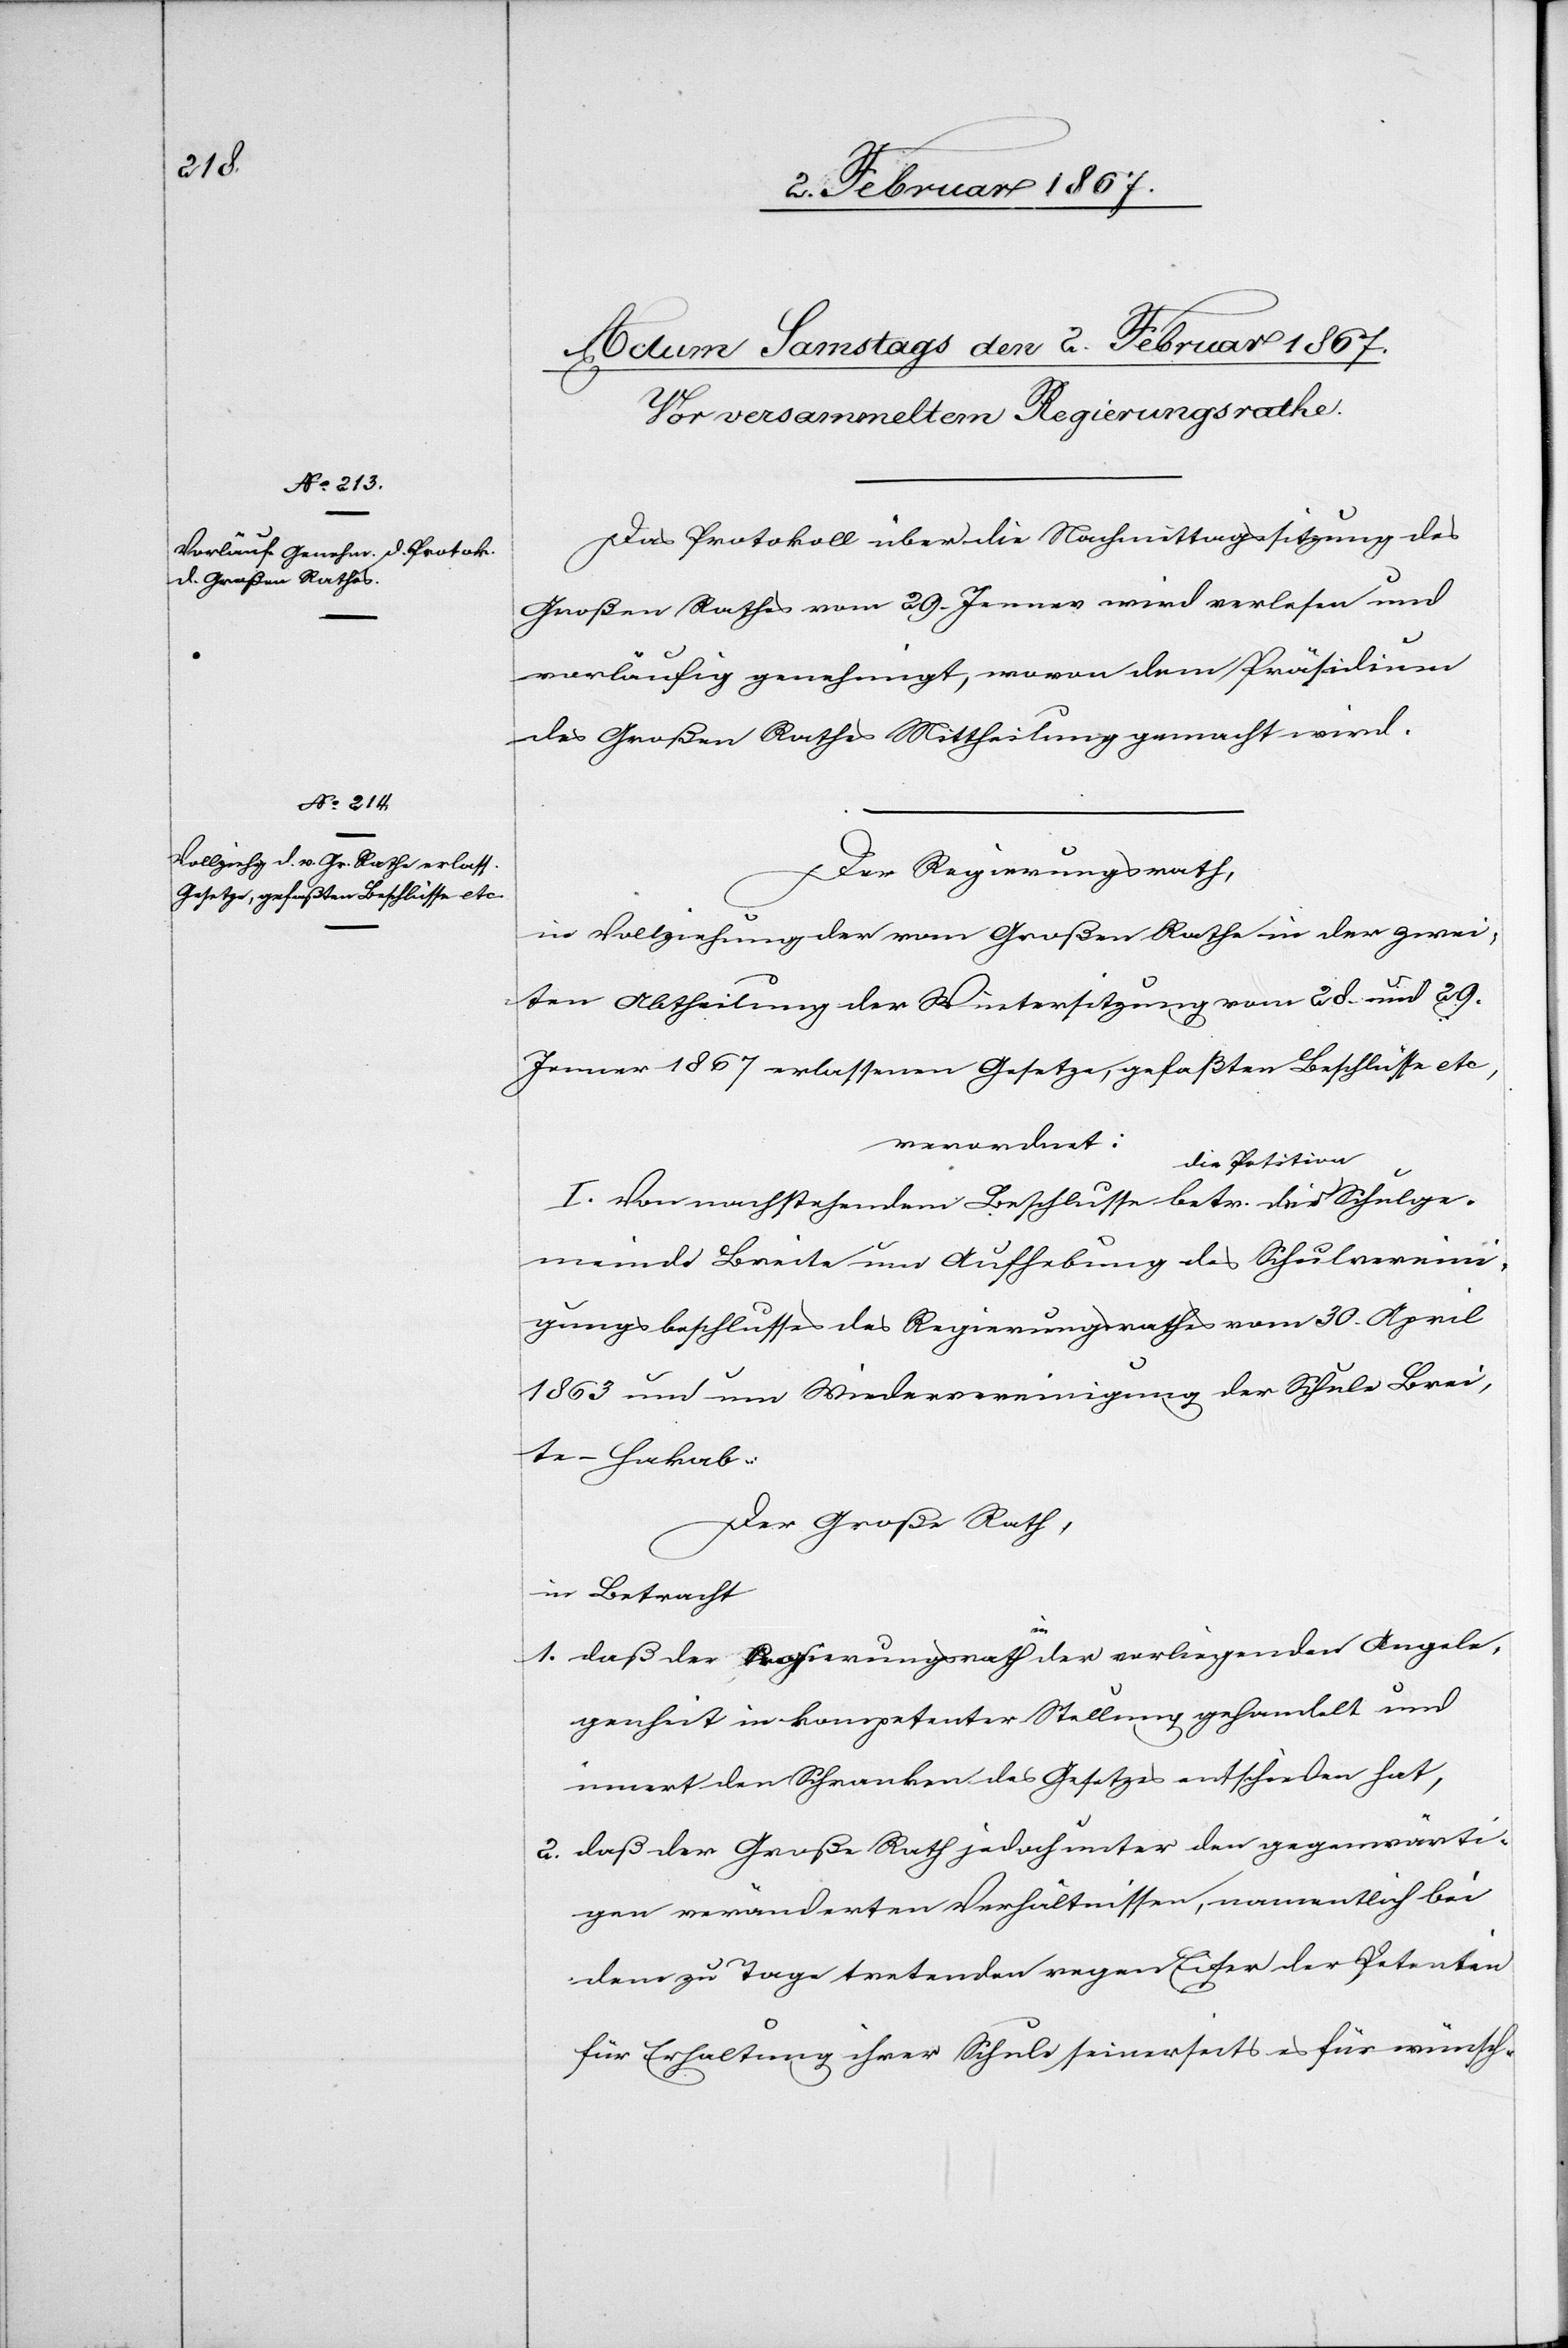
Das Protokoll über die Nachmittagssitzung des
Großen Rathes vom 29. Jenner wird verlesen und
vorläufig genehmigt, wovon dem Präsidium
des Großen Rathes Mittheilung gemacht wird.
Der Regierungsrath,
in Vollziehung der vom Großen Rathe in der zwei¬
ten Abtheilung der Wintersitzung vom 28. und 29.
Jenner 1867 erlassenen Gesetze, gefaßten Beschlüsse etc,
verordnet:
I. Von nachstehendem Beschlusse betr. die Schulge¬
meinde Breite um Aufhebung des Schulvereini¬
gungsbeschlusses des Regierungsrathes vom 30. April
1863 und um Wiedervereinigung der Schule Brei¬
te-Hakab:
Der Großer Rath
in Betracht
1. daß der Regierungsrath in der vorliegenden Angele¬
genheit in kompetenter Stellung gehandelt und
innert der Schranken des Gesetzes entschieden hat,
2. daß der Großer Rath jedoch unter den gegenwärti¬
gen veränderten Verhältnissen, namentlich bei
dem zu Tage tretenden regen Eifer der Petentin
für Erhaltung ihrer Schule seinerseits als für wünsch-